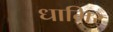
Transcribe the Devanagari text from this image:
धामिर्